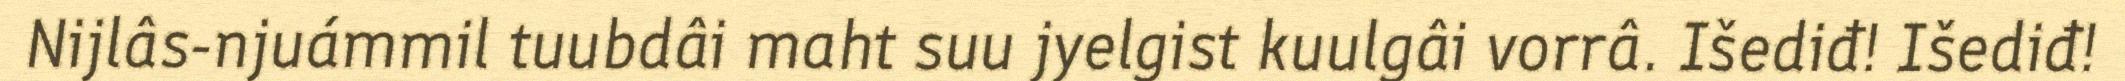
Nijlâs-njuámmil tuubdâi maht suu jyelgist kuulgâi vorrâ. Išediđ! Išediđ!